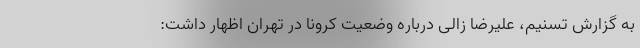
به گزارش تسنیم، علیرضا زالی درباره وضعیت کرونا در تهران اظهار داشت: